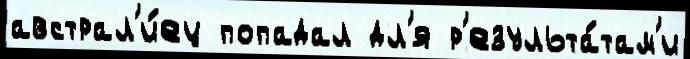
австрал'и́ец попадал дл'я р'езульта́там'и